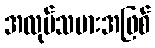
အလုပ်သမားအဖြစ်